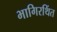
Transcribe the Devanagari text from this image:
भागिरथिंत